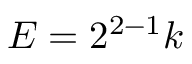
E = 2 ^ { 2 - 1 } k